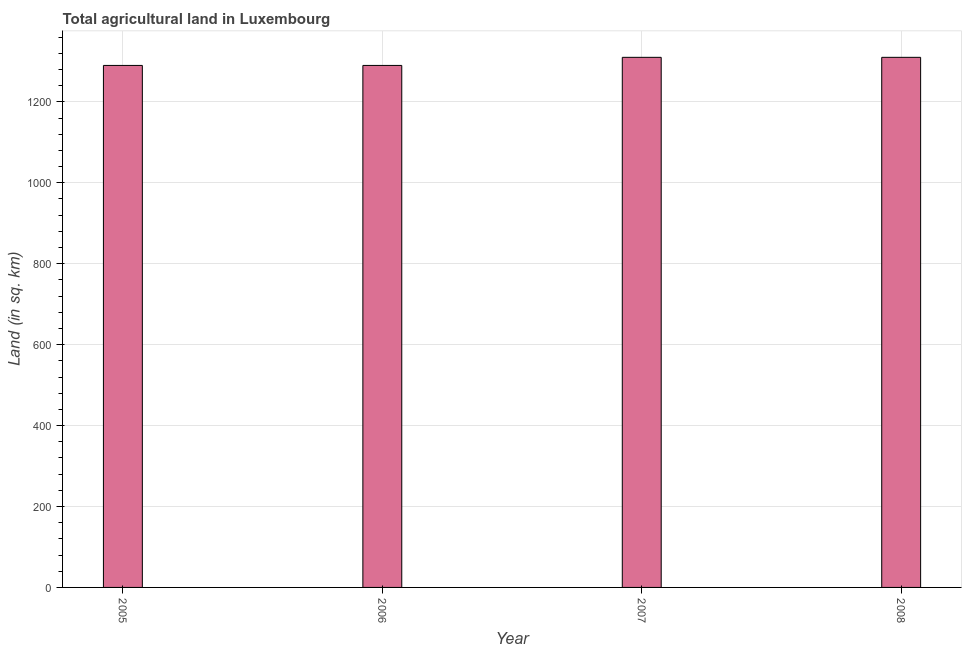
| Year | Agricultural land (sq. km) |
 | --- | --- |
 | 2005 | 1.29e+03 |
 | 2006 | 1.29e+03 |
 | 2007 | 1.31e+03 |
 | 2008 | 1.31e+03 |